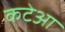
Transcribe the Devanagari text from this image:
कटेआ